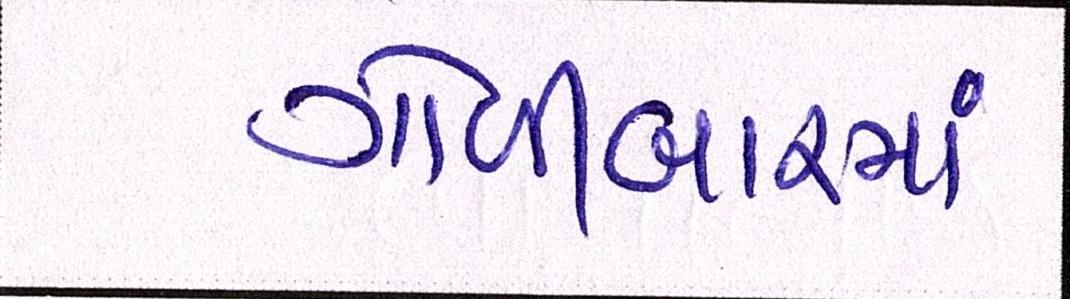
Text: ગોળીબારમાં